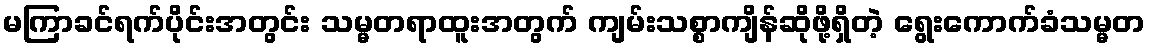
မကြာခင်ရက်ပိုင်းအတွင်း သမ္မတရာထူးအတွက် ကျမ်းသစ္စာကျိန်ဆိုဖို့ရှိတဲ့ ရွေးကောက်ခံသမ္မတ